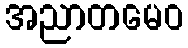
အညာတမေဝ